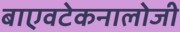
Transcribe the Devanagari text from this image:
बाएवटेकनालोजी